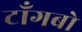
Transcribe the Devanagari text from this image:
टाँगबो